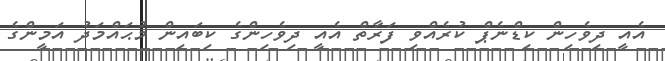
އެއީ ދިވެހިން ކިޑްނެޕް ކުރެއްވި ފަރާތް އެއީ ދިވެހިންގެ ކިބައިން މުޙައްމަދު އަމީންގެ